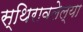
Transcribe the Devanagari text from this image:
स्थिरावलेल्या